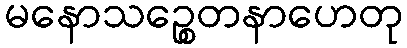
မနောသဉ္စေတနာဟေတု